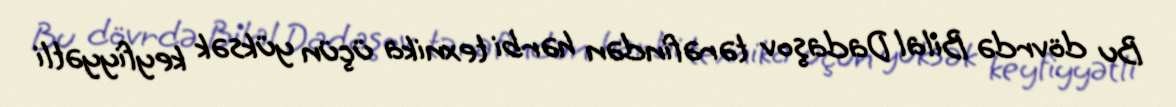
Bu dövrdə Bilal Dadaşov tərəfindən hərbi texnika üçün yüksək keyfiyyətli